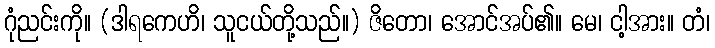
ဂုံညင်းကို။ (ဒါရကေဟိ၊ သူငယ်တို့သည်။) ဇိတော၊ အောင်အပ်၏။ မေ၊ ငါ့အား။ တံ၊